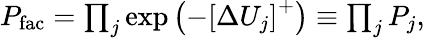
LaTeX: \begin{array}{r}{P_{\mathrm{fac}}=\prod_{j}\exp\left(-\left[\Delta U_{j}\right]^{+}\right)\equiv\prod_{j}P_{j},}\end{array}